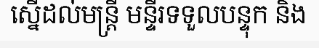
ស្នើដល់មន្ត្រី មន្ទីរទទួលបន្ទុក និង